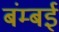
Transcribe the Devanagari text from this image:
बंम्बई